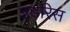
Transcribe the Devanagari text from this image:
इडरिस